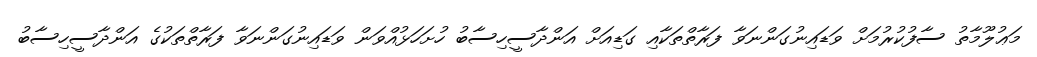
މަޢުލޫމާތު ސާފުކުރުމަށް ވަޑައިނުގަންނަވާ ފަރާތްތަކާއި ގަޑިއަށް އަންދާސީހިސާބު ހުށަހަޅުއްވަން ވަޑައިނުގަންނަވާ ފަރާތްތަކުގެ އަންދާސީހިސާބު